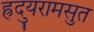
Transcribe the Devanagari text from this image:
ह्रुदयरामसुत